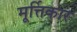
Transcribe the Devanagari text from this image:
मूर्त्तिकार